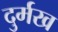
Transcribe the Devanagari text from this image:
दुर्मख